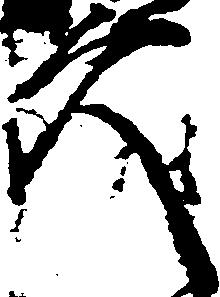
久